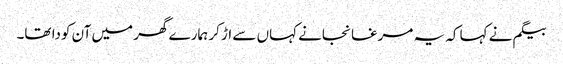
بیگم نے کہا کہ یہ مرغا نجانے کہاں سے اڑ کر ہمارے گھر میں آن کودا تھا۔